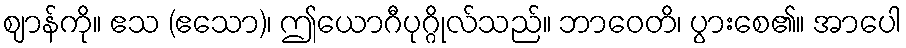
ဈာန်ကို။ ဧသ (ဧသော)၊ ဤယောဂီပုဂ္ဂိုလ်သည်။ ဘာဝေတိ၊ ပွားစေ၏။ အာပေါ